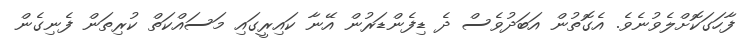
ފާހަގަކޮށްލެވުނެވެ. އެގޮތުން އަބަދުވެސް ދެ ޑިފެންޑަރުން އޭނާ ކައިރީގައި މަސައްކަތް ކުރިތަން ފެނިގެން